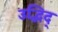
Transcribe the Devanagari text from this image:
उद्भिद्